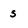
Character: s